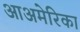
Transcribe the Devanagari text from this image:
आअमेरिका